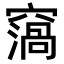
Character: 𥨙